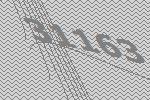
31163